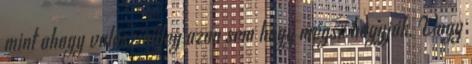
mint ahogy valószínüleg azon sem hogy mégse hagyják. Vagy